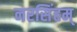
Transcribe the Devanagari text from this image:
नरसिंहम्